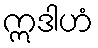
ဣဒါဟံ